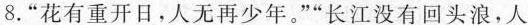
8.”花有重开日，人无再少年。””长江没有回头浪，人